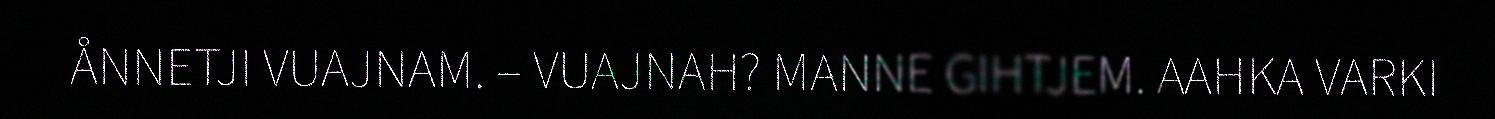
ÅNNETJI VUAJNAM. – VUAJNAH? MANNE GIHTJEM. AAHKA VARKI